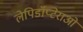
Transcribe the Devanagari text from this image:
लेपिडॉप्टेराओं